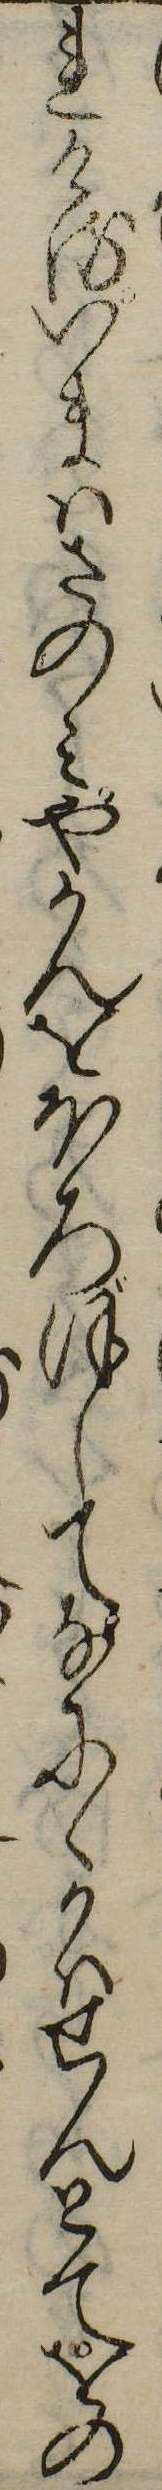
れけるいまはさのみやかんをほろぼしてなにゝかはせんとてをの